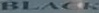
BLACK